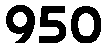
950